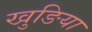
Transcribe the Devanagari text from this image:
खुङिया